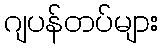
ဂျပန်တပ်များ